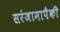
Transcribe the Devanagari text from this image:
सरंजामापैकी